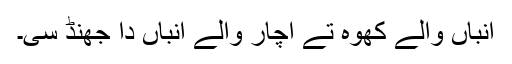
انباں والے کُھوہ تے اچار والے انباں دا جھُنڈ سی۔